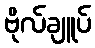
ဗိုလ်ချူပ်